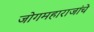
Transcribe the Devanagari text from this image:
जोगमहाराजांचे